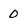
Character: 0